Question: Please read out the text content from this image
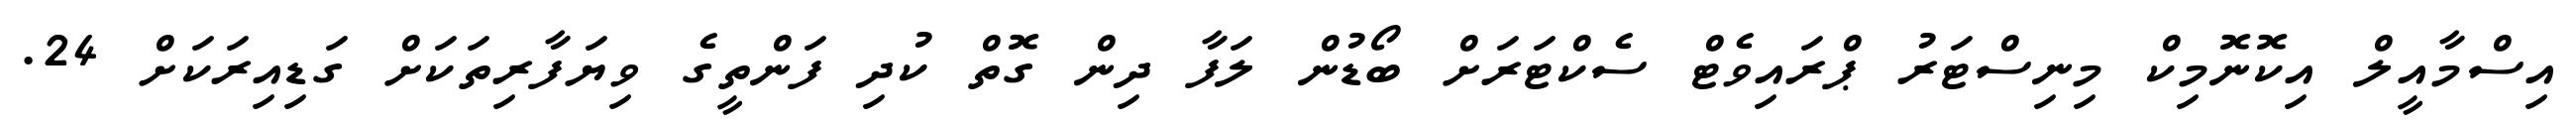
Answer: އިސްމާއީލް އިކޮނޮމިކް މިނިސްޓަރު ޕްރައިވެޓް ސެކްޓަރަށް ބޯޑުން ލަފާ ދިން ގޮތް ކުދި ފަންތީގެ ވިޔަފާރިތަކަށް ގަޑިއިރަކަށް 24.